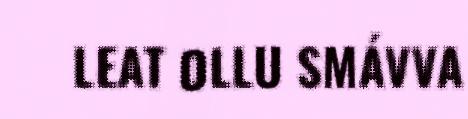
LEAT OLLU SMÁVVA